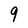
Character: 9